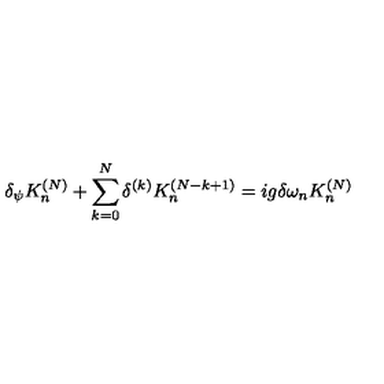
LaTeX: \delta _ { \psi } K _ { n } ^ { ( N ) } + \sum _ { k = 0 } ^ { N } \delta ^ { ( k ) } K _ { n } ^ { ( N - k + 1 ) } = i g \delta \omega _ { n } K _ { n } ^ { ( N ) }